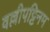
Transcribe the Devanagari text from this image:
वल्लीपट्टिनम